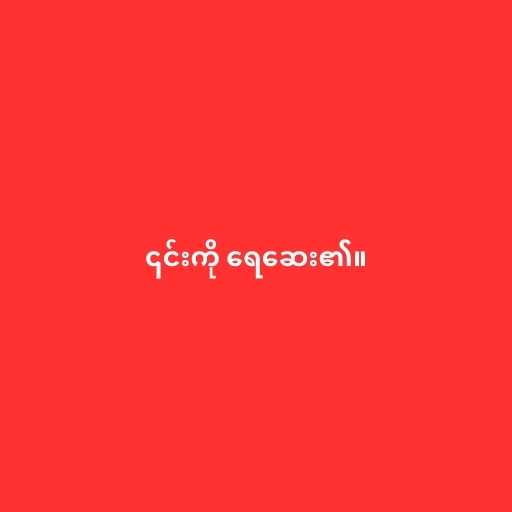
၎င်းကို ရေဆေး၏။